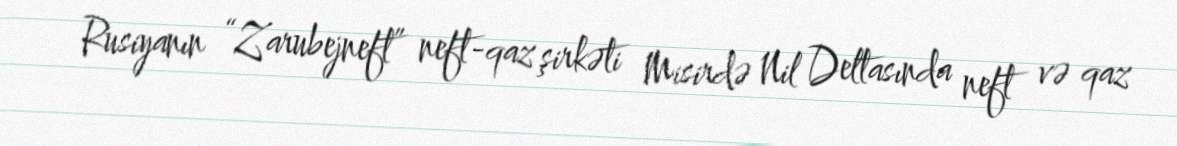
Rusiyanın “Zarubejneft” neft-qaz şirkəti Misirdə Nil Deltasında neft və qaz